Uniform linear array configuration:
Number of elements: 32
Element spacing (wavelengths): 1
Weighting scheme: hamming
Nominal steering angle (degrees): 60
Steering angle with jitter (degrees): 61.34
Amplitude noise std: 0.05
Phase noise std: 0.05

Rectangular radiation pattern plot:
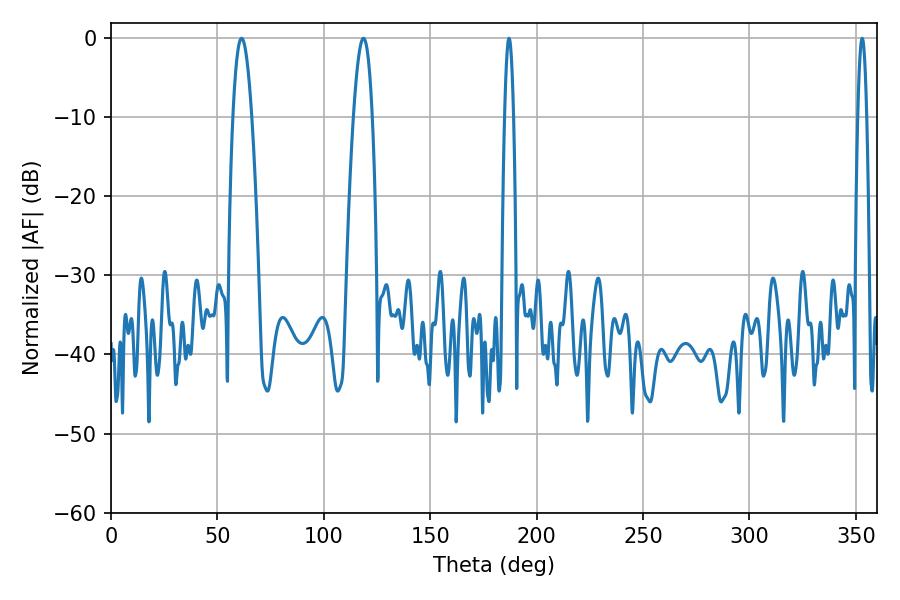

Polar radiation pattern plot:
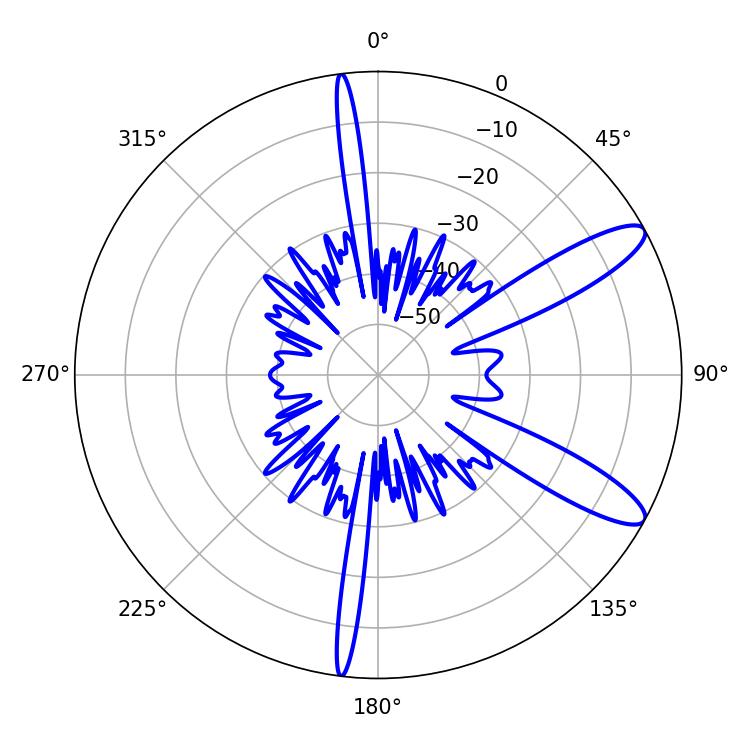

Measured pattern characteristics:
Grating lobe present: TRUE
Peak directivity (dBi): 11.223
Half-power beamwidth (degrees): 2.16
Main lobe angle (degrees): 187.02